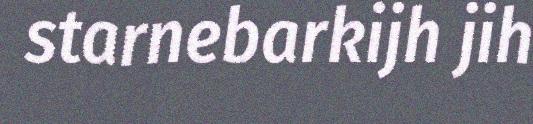
starnebarkijh jih